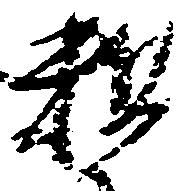
粗